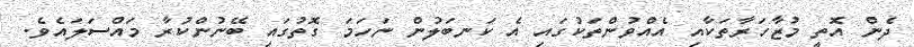
ދެން އޮތީ މުޒާހަރާތަކާއި އެއްވުންތަކުގައި އެ ކަނބަލުން ނަހަމަ ގޮތުގައި ބޭނުންކުރާ މައްސަލައެވެ.